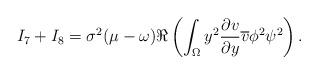
LaTeX: \begin{align*}I_7+I_8=\sigma^2(\mu-\omega)\Re \left(\int_{\Omega}y^2{\frac{\partial v}{\partial y}}\overline{v}\phi^2\psi^2\right).\end{align*}